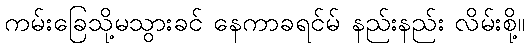
ကမ်းခြေသို့မသွားခင် နေကာခရင်မ် နည်းနည်း လိမ်းစို့။